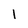
Character: l